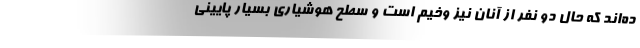
ده‌اند که حال دو نفر از آنان نیز وخیم است و سطح هوشیاری بسیار پایینی